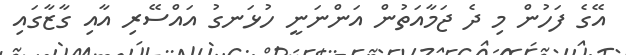
އޭގެ ފަހުން މި ދެ ޖަމާއަތުން އަންނަނީ ހުޅަނގު އައްސޭރި އާއި ގާޒާގައި